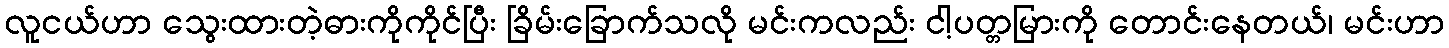
လူငယ်ဟာ သွေးထားတဲ့ဓားကိုကိုင်ပြီး ခြိမ်းခြောက်သလို မင်းကလည်း ငါ့ပတ္တမြားကို တောင်းနေတယ်၊ မင်းဟာ